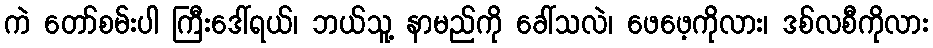
ကဲ တော်စမ်းပါ ကြီးဒေါ်ရယ်၊ ဘယ်သူ့ နာမည်ကို ခေါ်သလဲ၊ ဖေဖေ့ကိုလား၊ ဒစ်လစီကိုလား